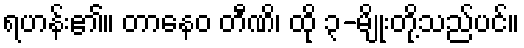
ရဟန်း၏။ တာနေဝ တီဏိ၊ ထို ၃-မျိုးတို့သည်ပင်။